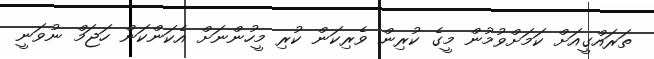
ތަރައްގީއަށް ކަމަށްވުމުން މީގެ ކުރިން ވެރިކަން ކުރި މީހުންނަށް އެކަންކަން ހަޖަމް ނުވަނީ